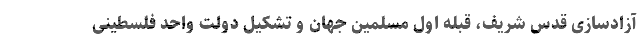
آزادسازی قدس شریف، قبله اول مسلمین جهان و تشکیل دولت واحد فلسطینی